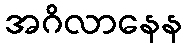
အဂိလာနေန